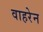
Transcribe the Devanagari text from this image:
वाहरेन